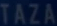
TAZA